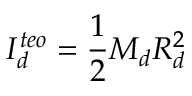
I _ { d } ^ { t e o } = \frac { 1 } { 2 } M _ { d } R _ { d } ^ { 2 }